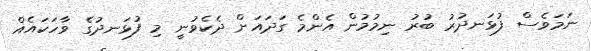
ނަމަވެސް ފުޅަނދުރު ބުރު ނިމުމުން އެންމެ ގަދައަށް ދެކެވުނީ މި ފުޅަނދުގެ ވާހަކައެއް